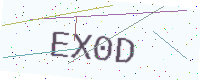
Text: EX0D